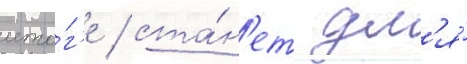
ито́г'е / ста́н'ет дл'я́